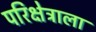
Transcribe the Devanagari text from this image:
परिक्षेत्राला